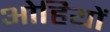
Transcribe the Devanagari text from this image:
ओहियों